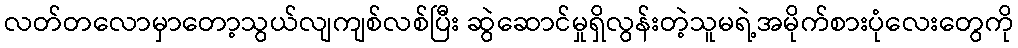
လတ်တလောမှာတော့သွယ်လျကျစ်လစ်ပြီး ဆွဲဆောင်မှုရှိလွန်းတဲ့သူမရဲ့အမိုက်စားပုံလေးတွေကို